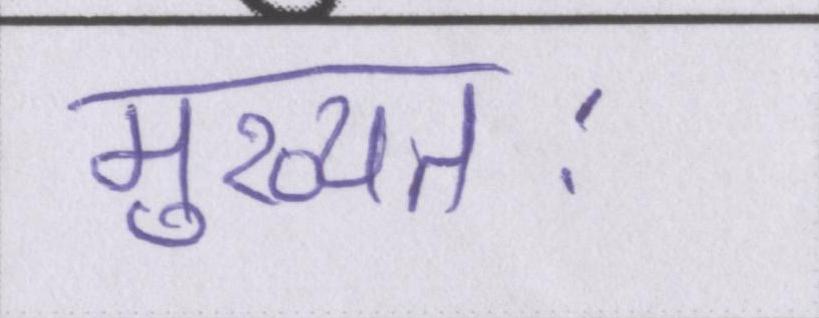
मुख्यतः